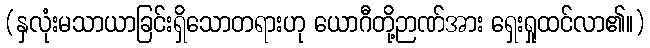
(နှလုံးမသာယာခြင်းရှိသောတရားဟု ယောဂီတို့ဉာဏ်အား ရှေးရှုထင်လာ၏။)